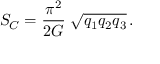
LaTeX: S _ { C } = \frac { \pi ^ { 2 } } { 2 G } \; \sqrt { q _ { 1 } q _ { 2 } q _ { 3 } } \, .